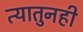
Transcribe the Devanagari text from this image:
त्यातुनही